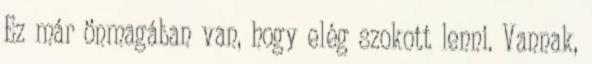
Ez már önmagában van, hogy elég szokott lenni. Vannak,